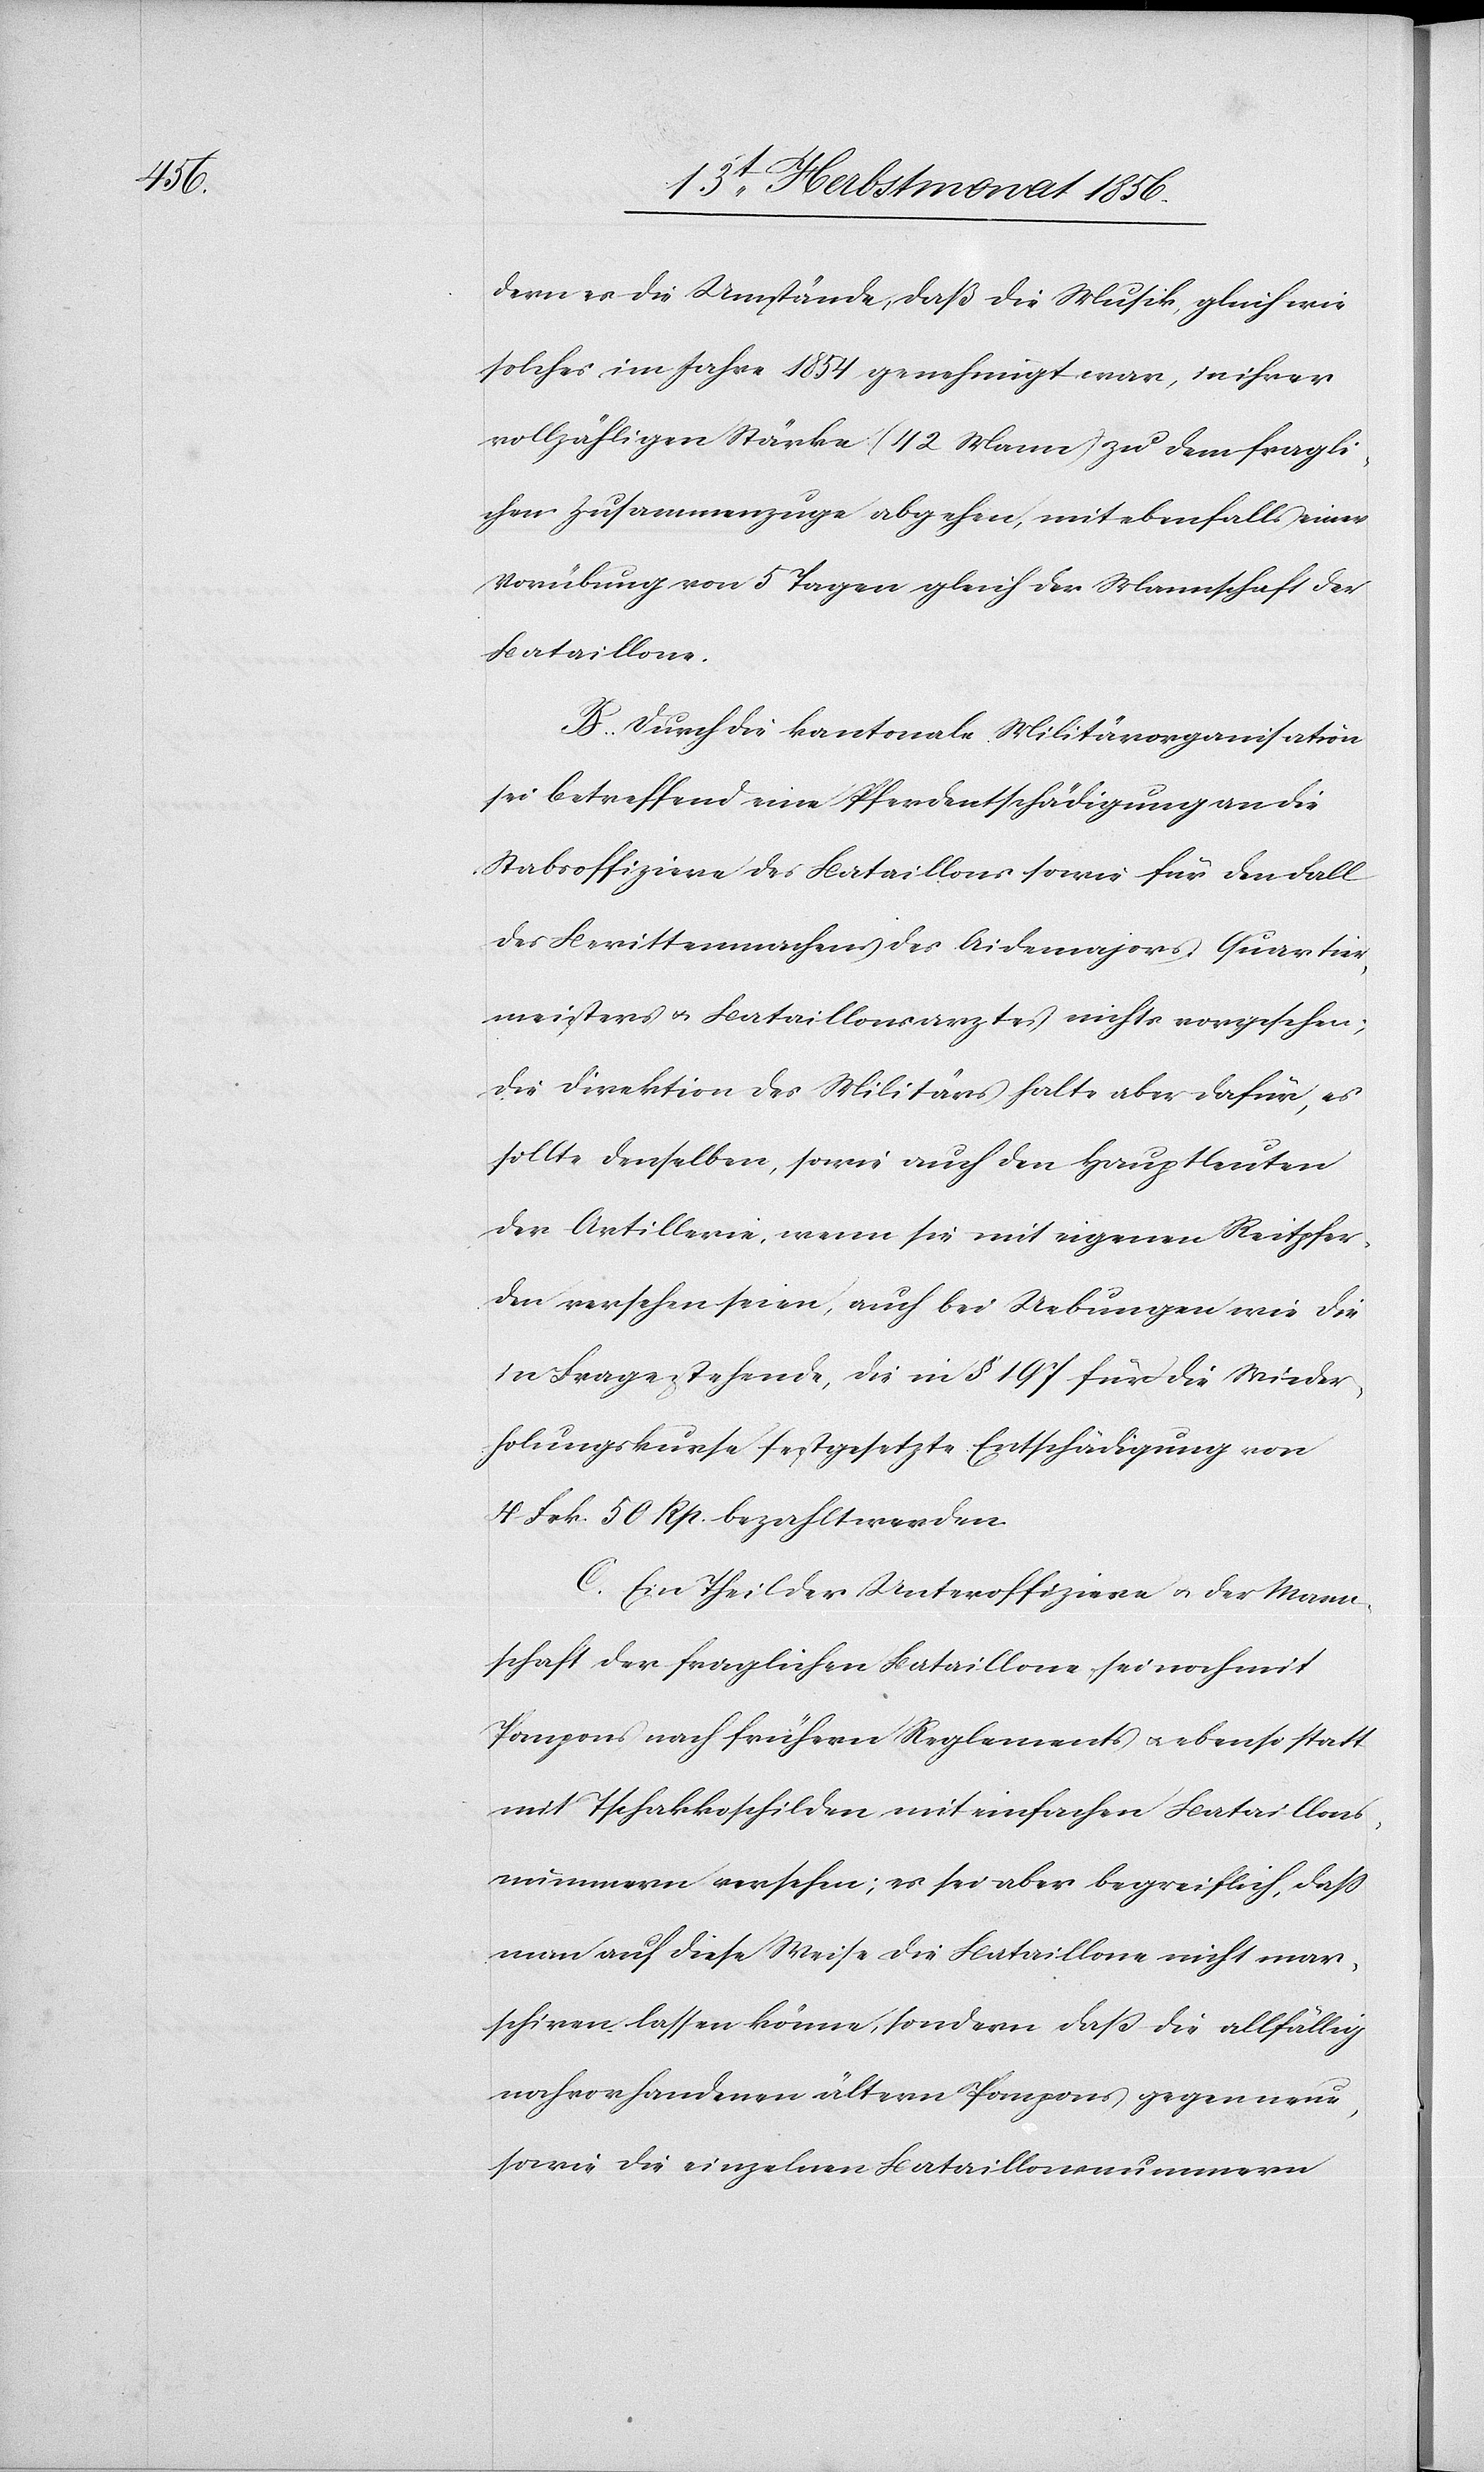
dern es die Umstände, daß die Musik gleich wie
solches im Jahre 1854 genehmigt war, in ihrer
vollzähligen Stärke (42 Mann) zu dem fragli¬
chen Zusammenzuge abgehen, mit ebenfalls einer
Vorübung von 5 Tagen gleich der Mannschaft der
Bataillone.
B. Durch die kantonale Militärorganisation
sei betreffend eine Pferdentschädigung an die
Stabsoffiziere des Bataillons sowie für den Fall
des Berittenmachens des Aidemajors, Quartier¬
meisters u. Bataillonsarztes nichts vorgesehen;
die Direktion des Militärs halte aber dafür, es
sollte denselben, sowie auch den Hauptleuten
der Artillerie, wenn sie mit eigenen Reitpfer¬
den versehen seien, auch bei Uebungen wie die
in Frage stehende, die in § 197 für die Wieder¬
holungskurse festgesetzte Entschädigung von
4 Frk. 50 Rp. bezahlt werden.
C. Ein Theil der Unteroffiziere u. der Mann¬
schaft der fraglichen Bataillone sei noch mit
Pompons nach frühern Reglements u. ebenso statt
mit Tschakkoschilden mit einfachen Bataillons¬
nummern versehen; es sei aber begreiflich, dass
man auf diese Weise die Bataillone nicht mar¬
schiren lassen könne, sondern dass die allfällig
noch vorhandenen ältern Pompons gegen neue,
sowie die einzelnen Bataillonsnummern